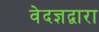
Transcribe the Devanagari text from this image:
वेदज्ञद्वारा